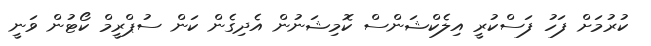
ކުރުމަށް ފަހު ފަސްކުރީ އިލެކްޝަންސް ކޮމިޝަނުން އެދިގެން ކަން ސުޕްރީމް ކޯޓުން ވަނީ